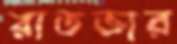
রাতভার